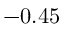
- 0 . 4 5